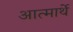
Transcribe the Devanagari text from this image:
आत्मार्थे